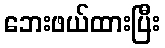
ဘေးဖယ်ထားပြီး